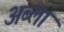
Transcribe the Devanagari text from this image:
अब्ला